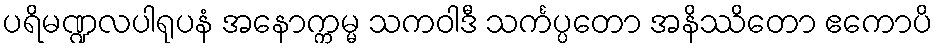
ပရိမဏ္ဍလပါရုပနံ အနောက္ကမ္မ သကဝါဒီ သင်္ကပ္ပတော အနိဿိတော ဧကောပိ